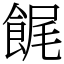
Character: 䬿